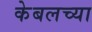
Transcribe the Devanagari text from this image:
केबलच्या